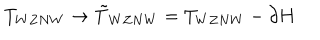
T _ { W Z N W } \rightarrow \tilde { T } _ { W Z N W } = T _ { W Z N W } - \partial H